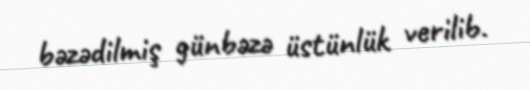
bəzədilmiş günbəzə üstünlük verilib.